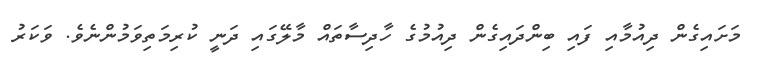
މަށައިގެން ދިއުމާއި ފައި ބިންދައިގެން ދިއުމުގެ ހާދިސާތައް މާލޭގައި ދަނީ ކުރިމަތިވަމުންނެވެ. ވަކަރު